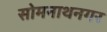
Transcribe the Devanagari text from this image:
सोमनाथनगर